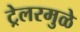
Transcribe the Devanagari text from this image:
ट्रेलरमुळे